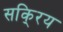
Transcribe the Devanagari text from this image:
सकि्रय